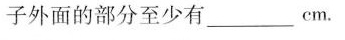
子外面的部分至少有___cm。